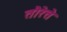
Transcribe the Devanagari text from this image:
तौरेत्ते